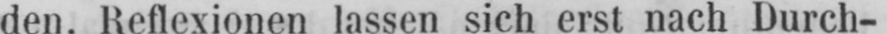
den. Reflexionen lassen sich erst nach Durch-